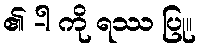
၏ -ါ ကို ရဿ ပြု။